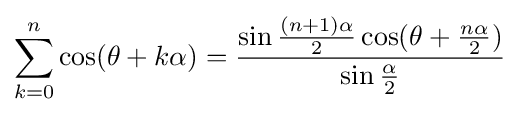
\sum _{k=0}^{n}\cos(\theta +k\alpha )={\frac {\sin {\frac {(n+1)\alpha }{2}}\cos(\theta +{\frac {n\alpha }{2}})}{\sin {\frac {\alpha }{2}}}}